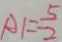
A 1 = \frac { 5 } { 2 }